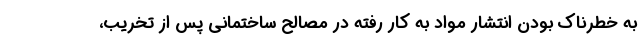
به خطرناک بودن انتشار مواد به کار رفته در مصالح ساختمانی پس از تخریب،